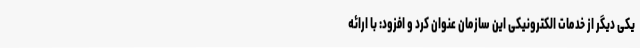
یکی دیگر از خدمات الکترونیکی این سازمان عنوان کرد و افزود: با ارائه